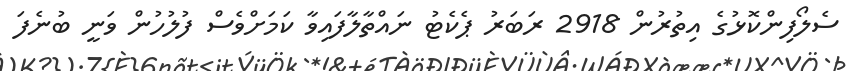
ސެލޯފިންކޮޅުގެ އިތުރުން 2918 ރަބަރު ޕެކެޓު ނައްތާލާފައިވާ ކަމަށްވެސް ފުލުހުން ވަނީ ބުނެފަ